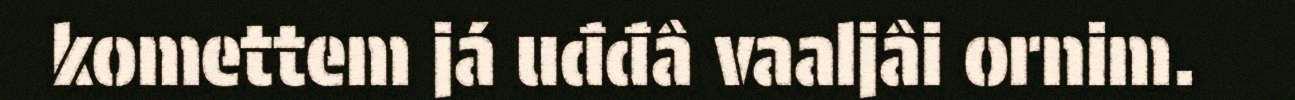
komettem já uđđâ vaaljâi ornim.